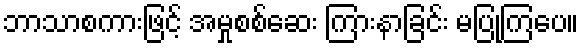
ဘာသာစကားဖြင့် အမှုစစ်ဆေး ကြားနာခြင်း မပြုကြပေ။